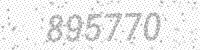
Solution: 895770